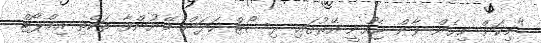
"މިކަން މިހެން ވާން ޖެހުނީ އޭރުގައި ރިސޯޓް ހަދަން ބޭނުންވާ ތަކެތި އިމްޕޯޓް